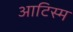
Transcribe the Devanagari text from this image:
आटिस्म